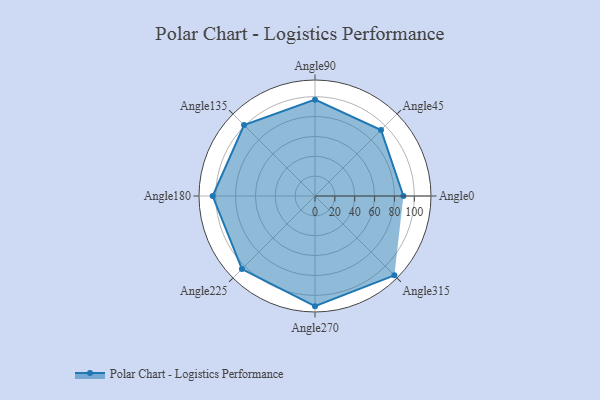
{"axis": {"x": "Angle", "y": "Radius"}, "legend": [""], "data": [{"x": "Angle0", "y": 89.0, "type": ""}, {"x": "Angle45", "y": 94.0, "type": ""}, {"x": "Angle90", "y": 97.0, "type": ""}, {"x": "Angle135", "y": 101.0, "type": ""}, {"x": "Angle180", "y": 103.0, "type": ""}, {"x": "Angle225", "y": 104.0, "type": ""}, {"x": "Angle270", "y": 111.0, "type": ""}, {"x": "Angle315", "y": 113.0, "type": ""}]}